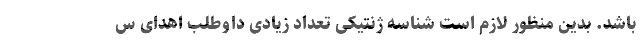
باشد. بدین منظور لازم است شناسه ژنتیكی تعداد زیادی داوطلب اهدای س